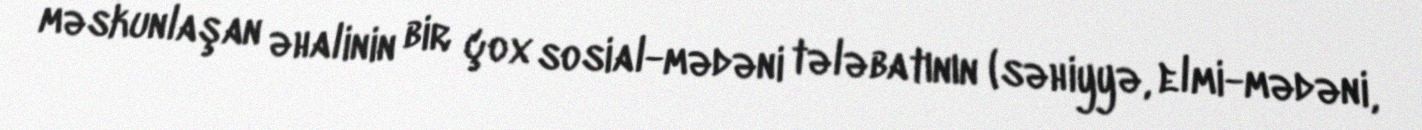
məskunlaşan əhalinin bir çox sosial-mədəni tələbatının (səhiyyə, elmi-mədəni,